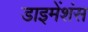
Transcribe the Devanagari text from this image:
डाइमेंशंस